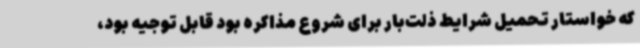
که خواستار تحمیل شرایط ذلت‌بار برای شروع مذاکره بود قابل توجیه بود،